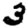
Digit: 3